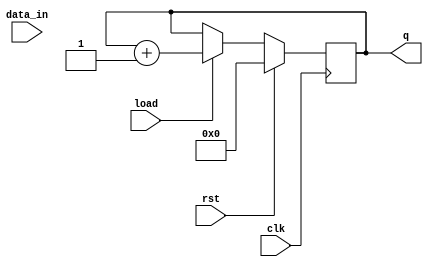
module pc(clk, rst, load, data_in, q);
    input clk, rst;
    input [3:0] data_in;
    input load;
    output [3:0] q;

    reg [3:0] register = 4'b0000;

    always @(posedge clk) begin
        if (rst) begin
            register <= 4'b0000;
        end else if (load == 0) begin
            register <= register;
        end else begin
            register <= register + 1;
        end
    end
    assign q = register;
endmodule